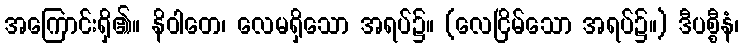
အကြောင်းရှိ၏။ နိဝါတေ၊ လေမရှိသော အရပ်၌။ (လေငြိမ်သော အရပ်၌။) ဒီပစ္စီနံ၊